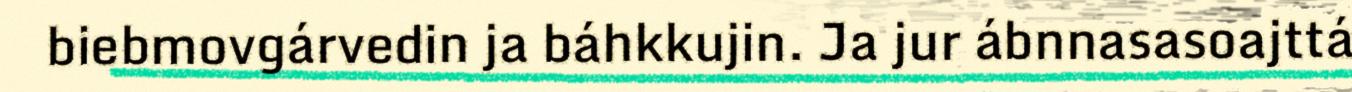
biebmovgárvedin ja báhkkujin. Ja jur ábnnasasoajttá